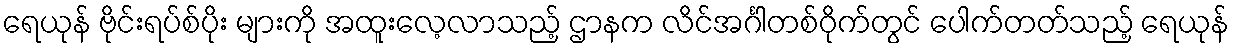
ရေယုန် ဗိုင်းရပ်စ်ပိုး များကို အထူးလေ့လာသည့် ဌာနက လိင်အင်္ဂါတစ်ဝိုက်တွင် ပေါက်တတ်သည့် ရေယုန်